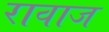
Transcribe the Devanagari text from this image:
रावाज